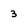
Character: 3